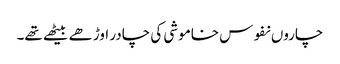
چاروں نفوس خاموشی کی چادر اوڑھے بیٹھے تھے۔